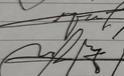
Signature authenticity: genuine